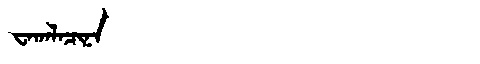
Manchu: ᠸᠠᡴᠠᠯᠠᠴᡳᠨᠠ
Romanization: WAKALACINA